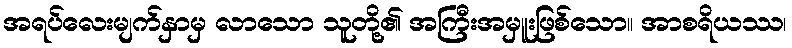
အရပ်လေးမျက်နှာမှ လာသော သူတို့၏ အကြီးအမှူးဖြစ်သော။ အာစရိယဿ၊